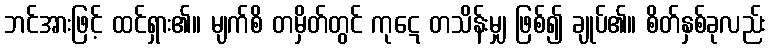
ဘင်အားဖြင့် ထင်ရှား၏။ မျက်စိ တမှိတ်တွင် ကုဋေ တသိန်းမျှ ဖြစ်၍ ချုပ်၏။ စိတ်နှစ်ခုလည်း